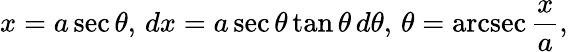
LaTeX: x=a\sec\theta,\, dx=a\sec\theta\tan\theta\, d\theta,\, \theta=\operatorname{arcsec}{\frac{x}{a}},